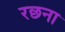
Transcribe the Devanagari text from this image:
रछना